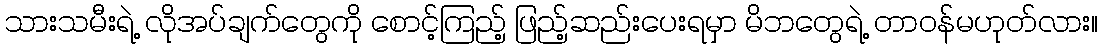
သားသမီးရဲ့ လိုအပ်ချက်တွေကို စောင့်ကြည့် ဖြည့်ဆည်းပေးရမှာ မိဘတွေရဲ့ တာဝန်မဟုတ်လား။